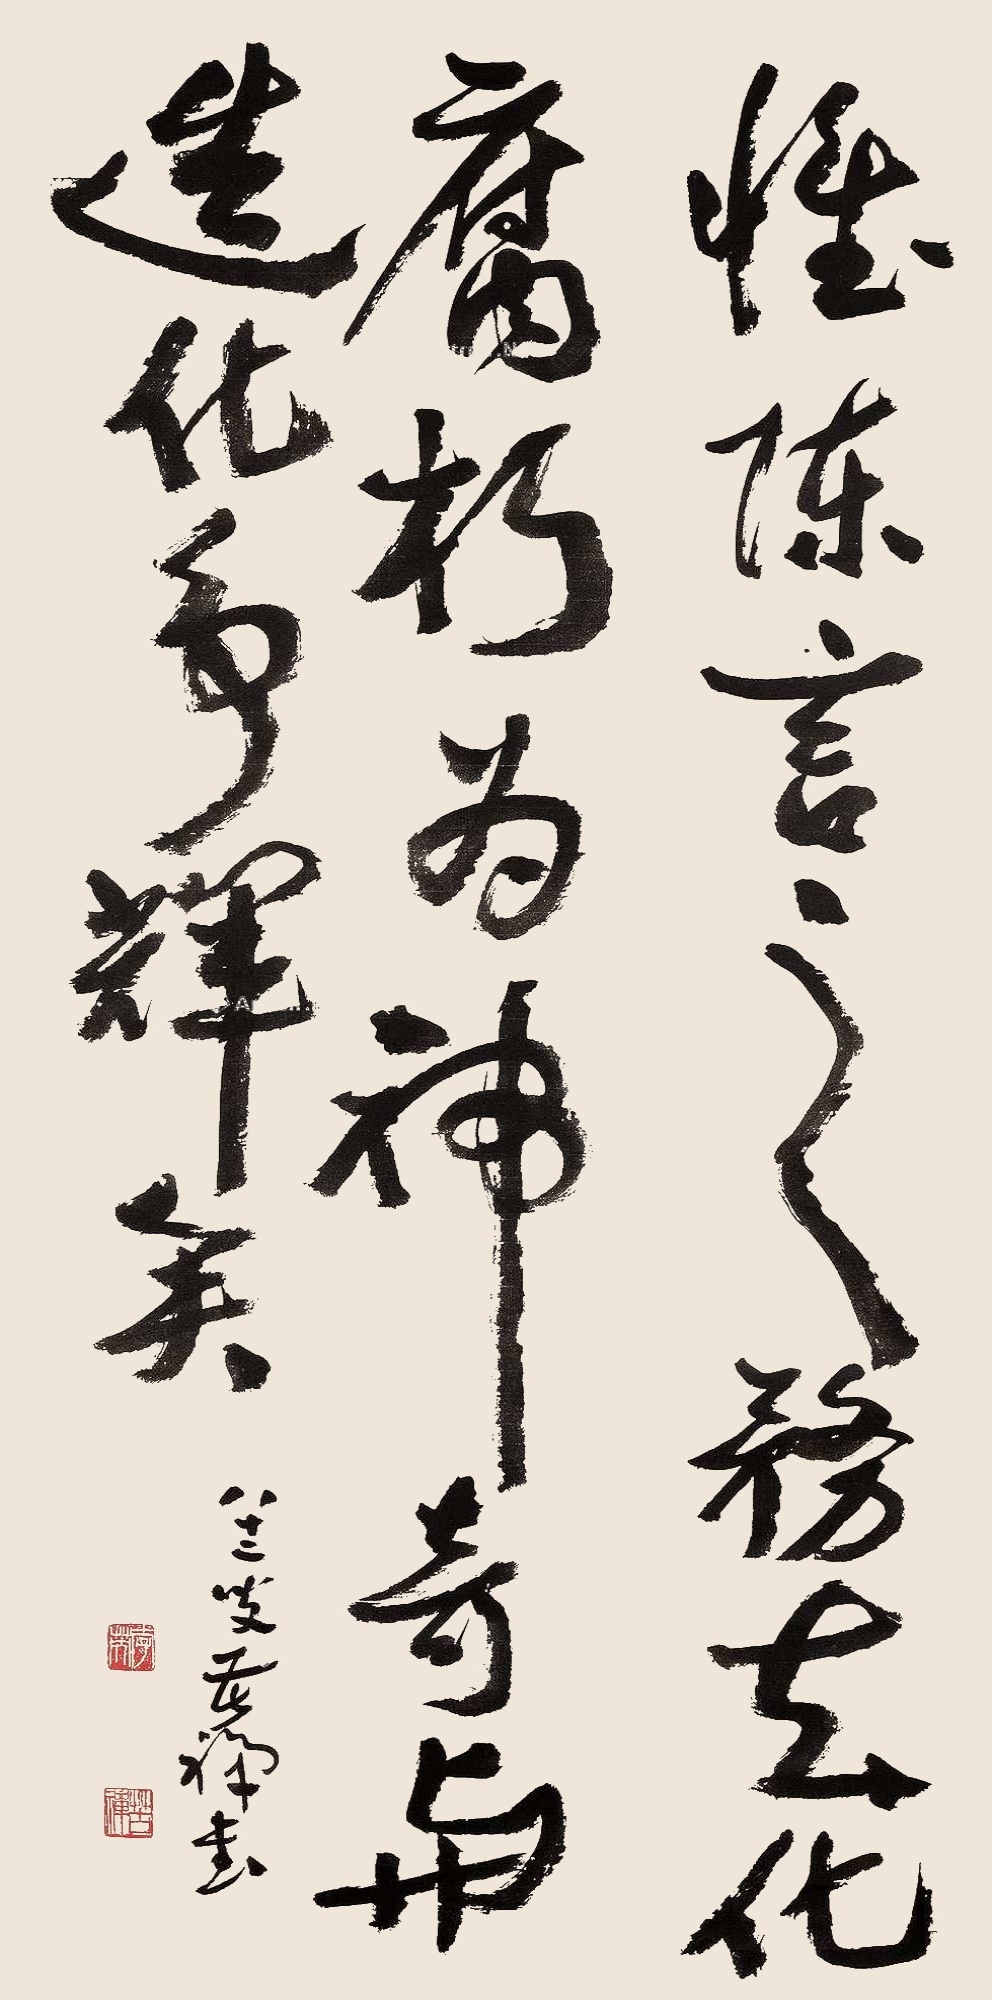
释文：惟陈言之务去，化腐朽为神奇，与造化争辉矣。八十二叟苦禅书。